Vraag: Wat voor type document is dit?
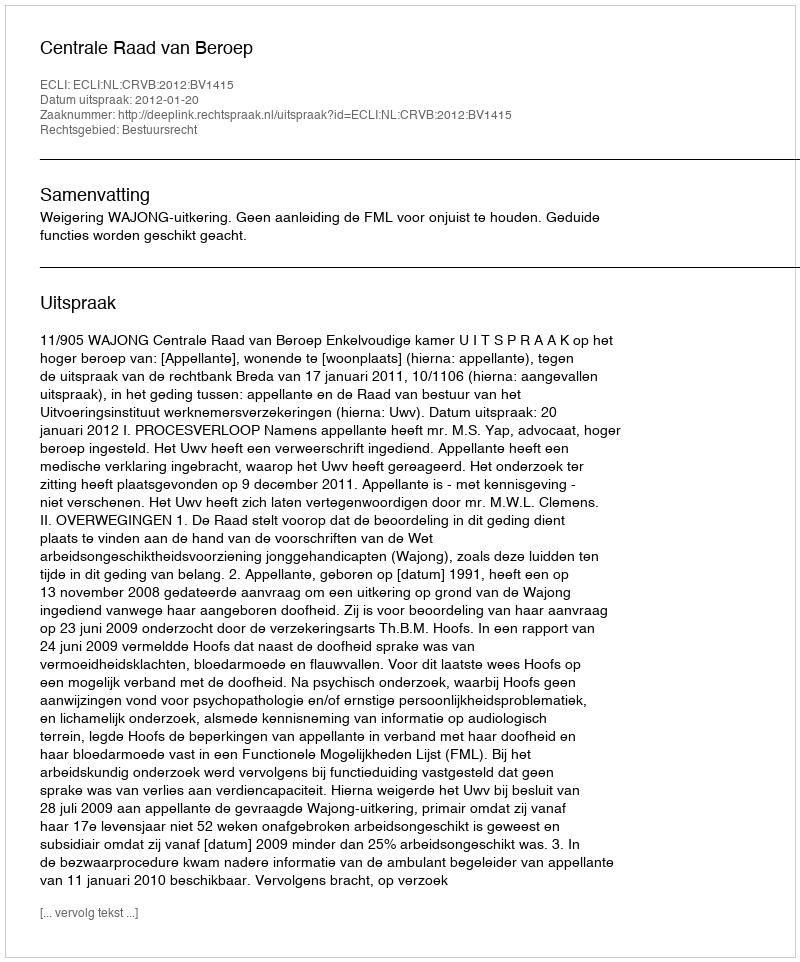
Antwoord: Uitspraak